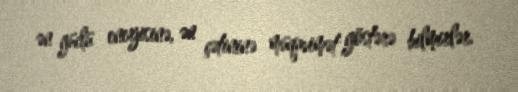
ən güclü enerjisinə, ən çətininə müqavimət göstərə bilmirlər.